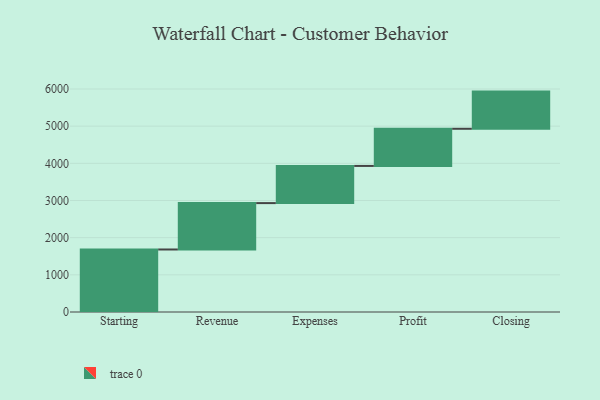
{"axis": {"x": "Step", "y": "Value"}, "legend": [""], "data": [{"x": "Starting", "y": 1682.0, "type": ""}, {"x": "Revenue", "y": 1248.0, "type": ""}, {"x": "Expenses", "y": 1000, "type": ""}, {"x": "Profit", "y": 1000, "type": ""}, {"x": "Closing", "y": 1000, "type": ""}]}